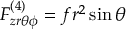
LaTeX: F _ { z r \theta \phi } ^ { ( 4 ) } = f r ^ { 2 } \sin { \theta }